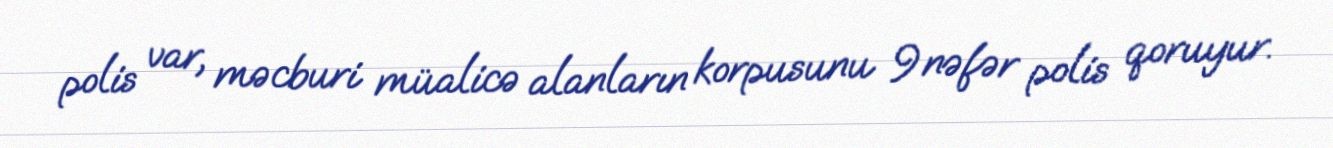
polis var, məcburi müalicə alanların korpusunu 9 nəfər polis qoruyur.